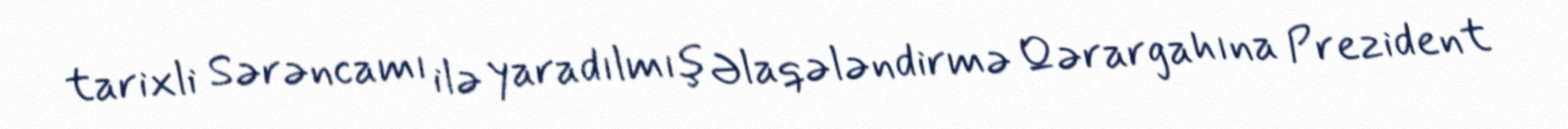
tarixli Sərəncamı ilə yaradılmış Əlaqələndirmə Qərargahına Prezident